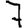
Digit: 7